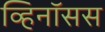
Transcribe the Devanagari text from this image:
व्हिनॉसस